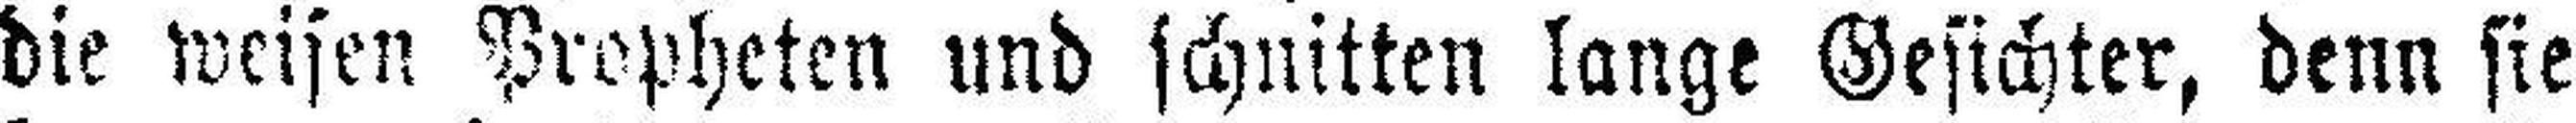
die weisen Propheten und schnitten lange Gesichter, denn sie